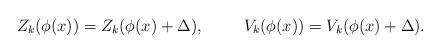
LaTeX: \begin{align*}Z_k (\phi(x)) = Z_k (\phi(x) + \Delta), \hskip 1cm V_k (\phi(x)) = V_k (\phi(x) + \Delta).\end{align*}